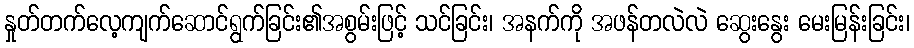
နှုတ်တက်လေ့ကျက်ဆောင်ရွက်ခြင်း၏အစွမ်းဖြင့် သင်ခြင်း၊ အနက်ကို အဖန်တလဲလဲ ဆွေးနွေး မေးမြန်းခြင်း၊